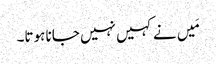
مَیں نے کہیں نہیں جانا ہوتا۔